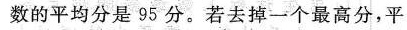
数的平均分是95分。若去掉一个最高分，平